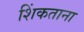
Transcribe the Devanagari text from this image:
शिंकताना